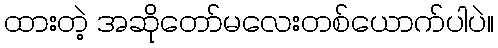
ထားတဲ့ အဆိုတော်မလေးတစ်ယောက်ပါပဲ။